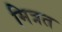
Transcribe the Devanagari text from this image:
मित्रत